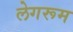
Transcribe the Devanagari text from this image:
लेगरूम